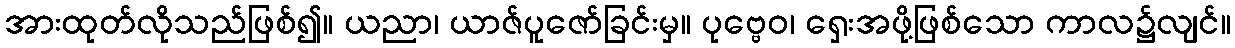
အားထုတ်လိုသည်ဖြစ်၍။ ယညာ၊ ယာဇ်ပူဇော်ခြင်းမှ။ ပုဗ္ဗေဝ၊ ရှေးအဖို့ဖြစ်သော ကာလ၌လျင်။